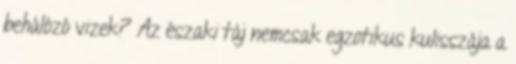
behálózó vizek? Az északi táj nemcsak egzotikus kulisszája a